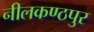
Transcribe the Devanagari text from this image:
नीलकण्ठपुर